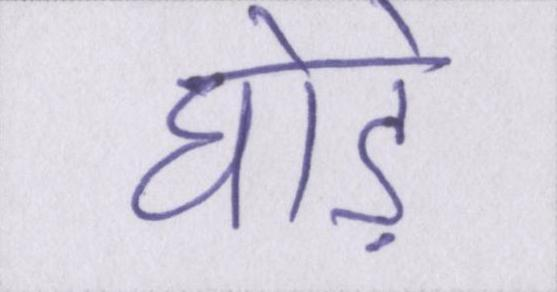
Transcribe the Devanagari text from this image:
घोड़े